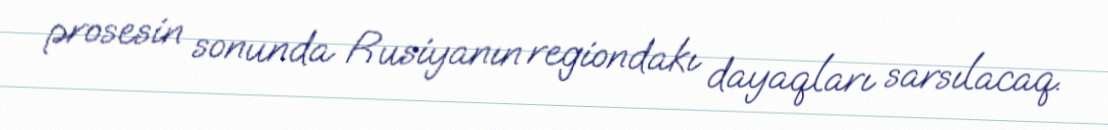
prosesin sonunda Rusiyanın regiondakı dayaqları sarsılacaq.